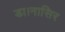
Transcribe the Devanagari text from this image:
डा।नासिर